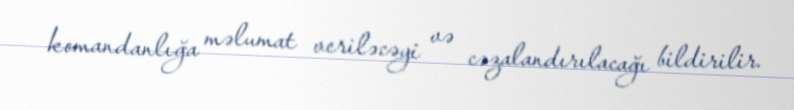
komandanlığa məlumat veriləcəyi və cəzalandırılacağı bildirilir.